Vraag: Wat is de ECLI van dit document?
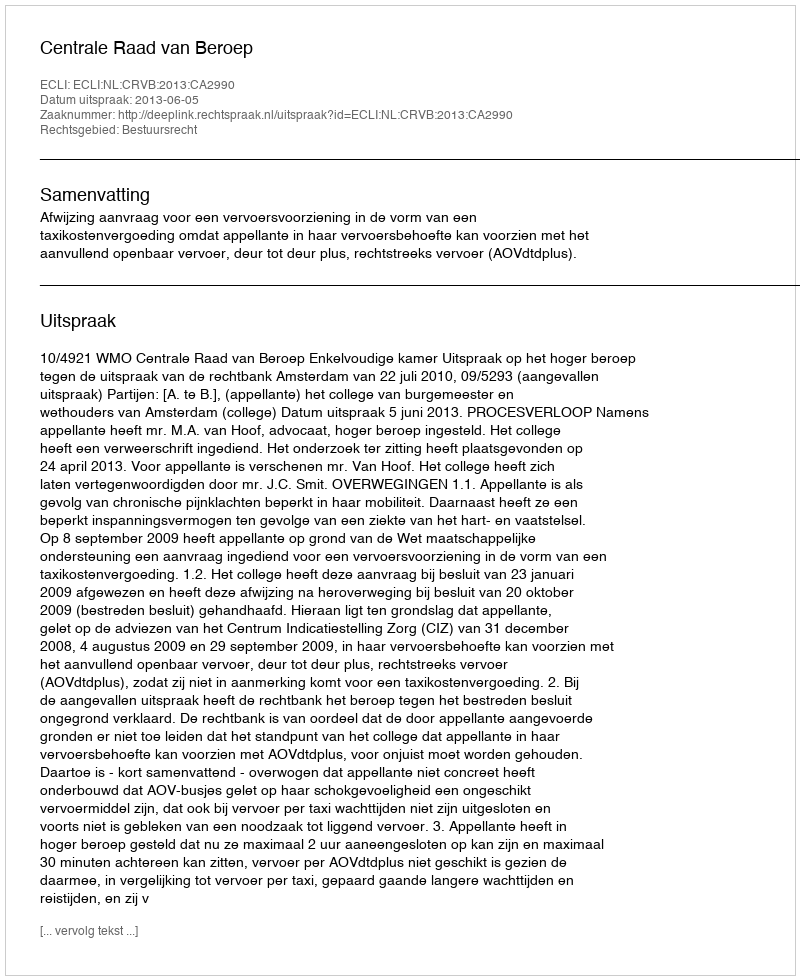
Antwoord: ECLI:NL:CRVB:2013:CA2990